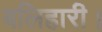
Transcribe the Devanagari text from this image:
बलिहारी।